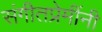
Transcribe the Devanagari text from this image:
संगीतप्रेमींनी